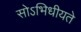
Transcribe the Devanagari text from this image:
सोऽभिधीयते